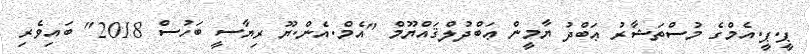
ޕީ.ޕީ.އެމްގެ މުސްތަޝާރު ޢަބްދު ޔާމީން ޢަބްދުލްޤައްޔޫމް "އެމް.އެން.ޔޫ ރިޔާސީ ބަހުސް 2018" ބައިވެރި